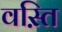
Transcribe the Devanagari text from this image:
वस़्ति